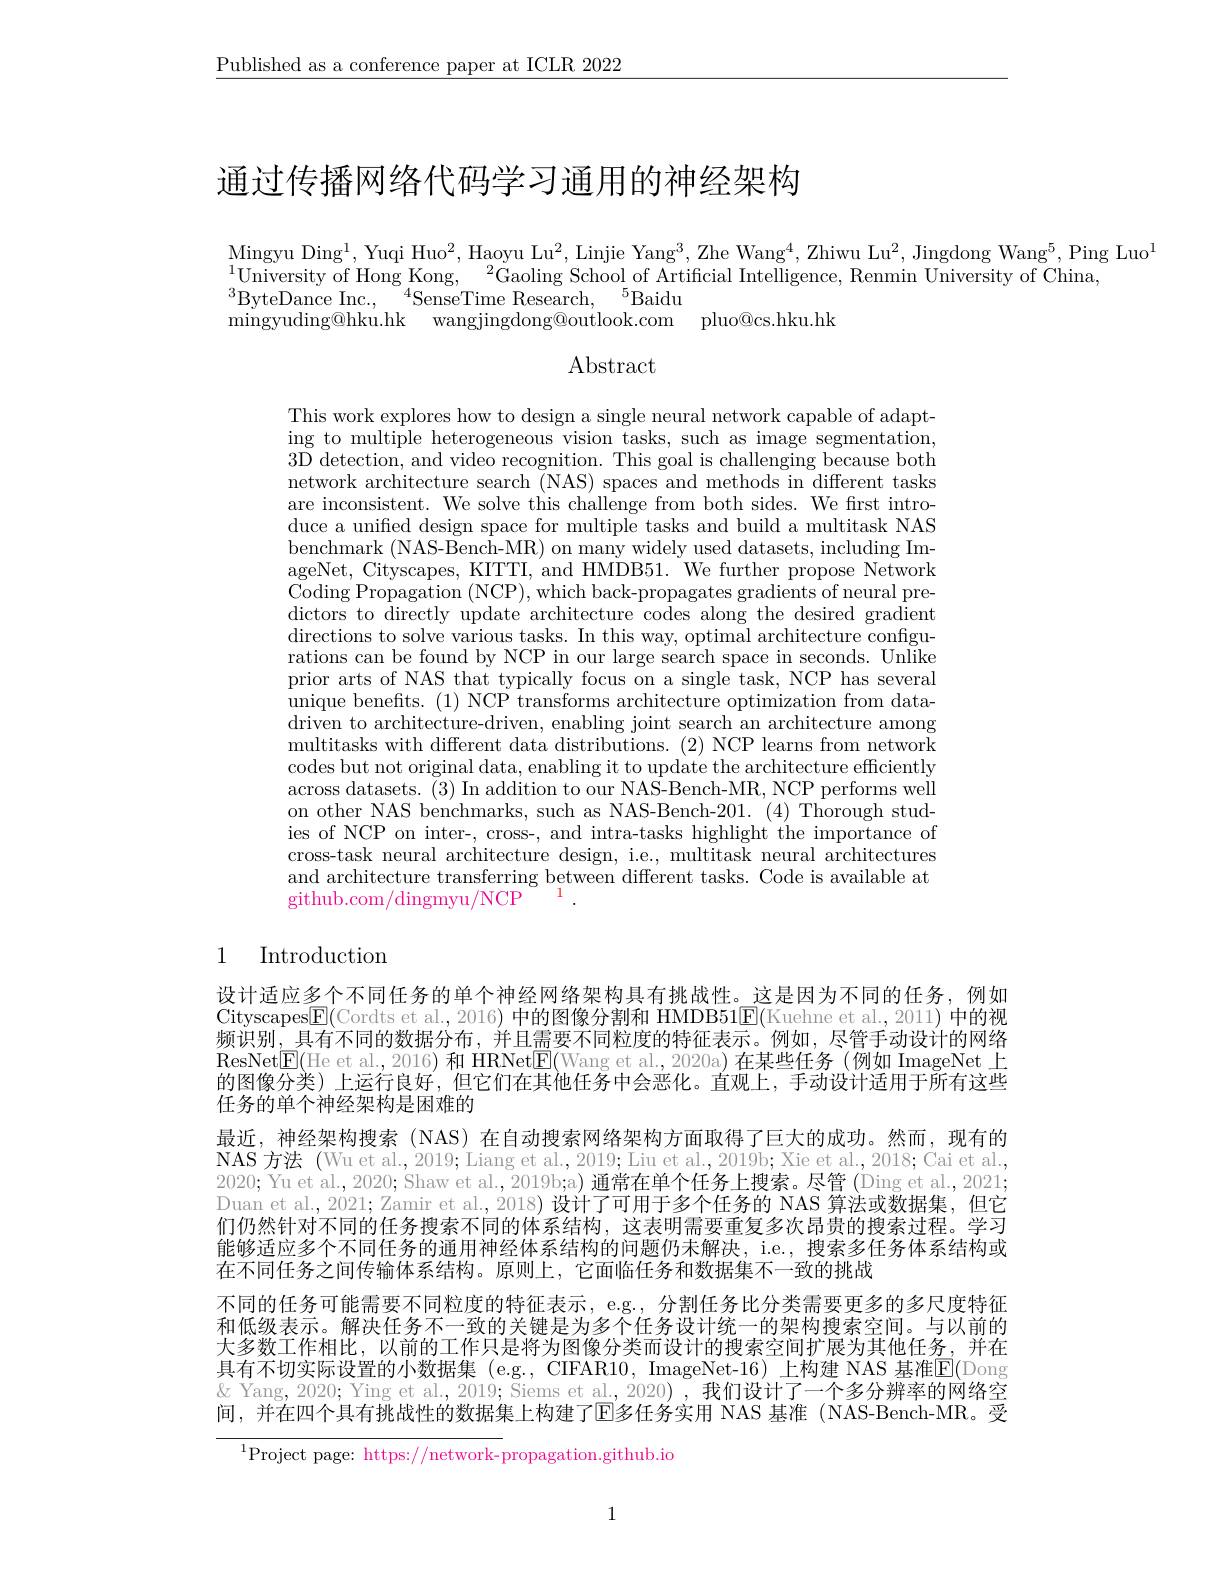
$\underline{\text{Published as a conference paper at ICLR 2022}}$

# 通过传播网络代码学习通用的神经架构

$\mathrm{Mingyu~Ding}^1$, Yuqi Huo$^2$, Haoyu Lu$^2$, Linjie Yang$^3$, Zhe Wang$^4$, Zhiwu Lu$^2$,Jingdong Wang$^5$,Ping Luo$^1$
$^{1}$University of Hong Kong,$^2$Gaoling School of Artificial Intelligence, Renmin University of China,
$^{3}$ByteDance Inc.$,\:^{4}$SenseTime Research$,\:^{5}$Baidu
mingyuding@hku.hk wangjingdong@outlook.com pluo@cs.hku.hk

Abstract

This work explores how to design a single neural network capable of adapting to multiple heterogeneous vision tasks, such as image segmentation, $\bar{3\text{D detection, and video recognition. This goal is challenging because both}}$ network architecture search (NAS) spaces and methods in different tasks are inconsistent. We solve this challenge from both sides. We first introduce a unified design space for multiple tasks and build a multitask NAS benchmark (NAS-Bench-MR) on many widely used datasets, including ImageNet, Cityscapes, KITTI, and HMDB51. We further propose Network Coding Propagation (NCP), which back-propagates gradients of neural predictors to directly update architecture codes along the desired gradient directions to solve various tasks. In this way, optimal architecture configurations can be found by NCP in our large search space in seconds. Unlike prior arts of NAS that typically focus on a single task, NCP has several unique benefits. (1) NCP transforms architecture optimization from datadriven to architecture-driven, enabling joint search an architecture among multitasks with different data distributions. (2) NCP learns from network codes but not original data, enabling it to update the architecture efficiently across datasets. (3) In addition to our NAS-Bench-MR, NCP performs well on other NAS benchmarks, such as NAS-Bench-201. (4) Thorough studies of NCP on inter-, cross-, and intra-tasks highlight the importance of cross-task neural architecture design, i.e., multitask neural architectures and architecture transferring between different tasks. Code is available at
1.
github.com/dingmyu/NCP

# 1 Introduction

设计适应多个不同任务的单个神经网络架构具有挑战性。这是因为不同的任务，例如Cityscapes$\mathbb{E}($Cordts et al., 2016) 中的图像分割和 HMDB51$\boxed{\mathbb{E}}($Kuehne et al., 2011) 中的视频识别，具有不同的数据分布，并且需要不同粒度的特征表示。例如，尽管手动设计的网络ResNet$\boxed{\mathrm{E}}($He et al., 2016) 和 HRNet$\boxed{\mathrm{E}}($Wang et al., 2020a)在某些任务(例如 ImageNet 上的图像分类)上运行良好，但它们在其他任务中会恶化。直观上，手动设计适用于所有这些任务的单个神经架构是困难的
最近，神经架构搜索(NAS) 在自动搜索网络架构方面取得了巨大的成功。然而，现有的NAS 方法 (Wu et al., 2019; Liang et al., 2019; Liu et al., 2019b; Xie et al., 2018; Cai et al., 2020; Yu et al., 2020; Shaw et al., 2019b;a) 通常在单个任务上搜索。尽管 (Ding et al., 2021; Duan et al, 2021; Zamir et al., 2018) 设计了可用于多个任务的 NAS 算法或数据集，但它们仍然针对不同的任务搜索不同的体系结构，这表明需要重复多次昂贵的搜索过程。学习能够适应多个不同任务的通用神经体系结构的问题仍未解决，i.e., 搜索多任务体系结构或在不同任务之间传输体系结构。原则上，它面临任务和数据集不一致的挑战
不同的任务可能需要不同粒度的特征表示，e.g., 分割任务比分类需要更多的多尺度特征和低级表示。解决任务不一致的关键是为多个任务设计统一的架构搜索空间。与以前的大多数工作相比，以前的工作只是将为图像分类而设计的搜索空间扩展为其他任务，并在具有不切实际设置的小数据集 (e.g., CIFAR10, ImageNet-16) 上构建 NAS 基准$\mathbb{E}($Dong $\&$ Yang, 2020; Ying et al., 2019; Siems et al. 2020) , 我们设计了一个多分辨率的网络空间，并在四个具有挑战性的数据集上构建了$\overline{\mathrm{E}\text{多任务实用 NAS 基准(NAS-Bench-MR。受}}$

$^{1}$Project page: https://network-propagation.github.io

1